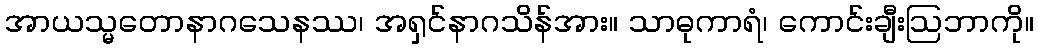
အာယသ္မတောနာဂသေနဿ၊ အရှင်နာဂသိန်အား။ သာဓုကာရံ၊ ကောင်းချီးဩဘာကို။